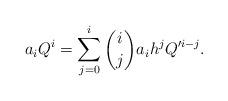
LaTeX: \begin{align*}a_iQ^i=\sum_{j=0}^i {i\choose j}a_ih^jQ'^{i-j}.\end{align*}